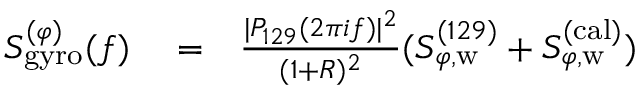
\begin{array} { r l r } { S _ { \mathrm { g y r o } } ^ { ( \varphi ) } ( f ) } & { { } = } & { \frac { | P _ { 1 2 9 } ( 2 \pi i f ) | ^ { 2 } } { ( 1 + R ) ^ { 2 } } ( S _ { \varphi , \mathrm { w } } ^ { ( 1 2 9 ) } + S _ { \varphi , \mathrm { w } } ^ { ( \mathrm { c a l } ) } ) } \end{array}